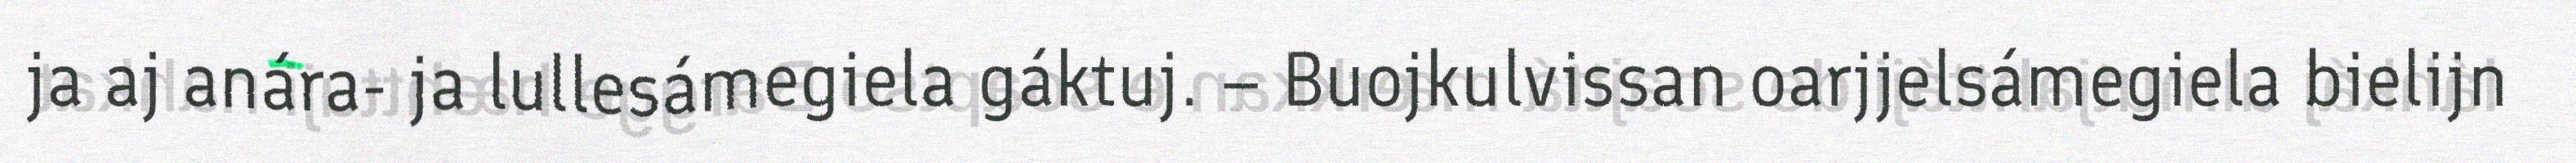
ja aj anára- ja lullesámegiela gáktuj. – Buojkulvissan oarjjelsámegiela bielijn